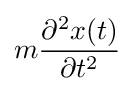
m{\frac {\partial ^{2}x(t)}{\partial t^{2}}}